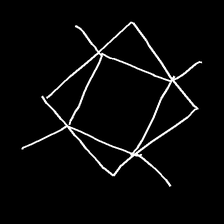
Glyph: light